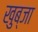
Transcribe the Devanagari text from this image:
खुब्जा